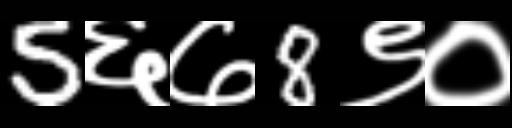
Text: 5६७8९०